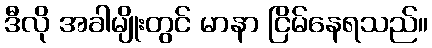
ဒီလို အခါမျိုးတွင် မာနာ ငြိမ်နေရသည်။